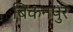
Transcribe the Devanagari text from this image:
बिकनपुर